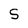
Character: S